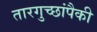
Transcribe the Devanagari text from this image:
तारगुच्छांपैकी